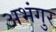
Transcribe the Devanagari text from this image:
अभंगुर